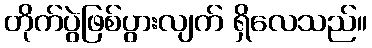
တိုက်ပွဲဖြစ်ပွားလျက် ရှိလေသည်။